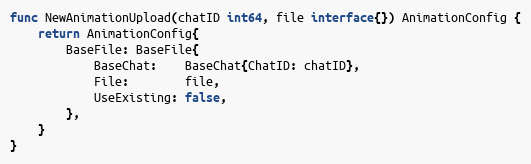
Language: Go
func NewAnimationUpload(chatID int64, file interface{}) AnimationConfig {
	return AnimationConfig{
		BaseFile: BaseFile{
			BaseChat:    BaseChat{ChatID: chatID},
			File:        file,
			UseExisting: false,
		},
	}
}